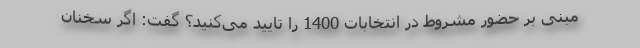
مبنی بر حضور مشروط در انتخابات 1400 را تایید می‌کنید؟ گفت: اگر سخنان